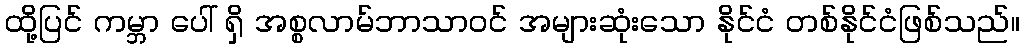
ထို့ပြင် ကမ္ဘာ ပေါ် ရှိ အစ္စလာမ်ဘာသာဝင် အများဆုံးသော နိုင်ငံ တစ်နိုင်ငံဖြစ်သည်။